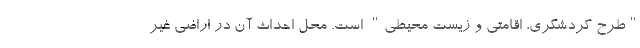
"طرح گردشگری، اقامتی و زیست محیطی" است. محل احداث آن در اراضی غیر